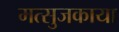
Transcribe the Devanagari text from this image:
मत्सुजकाया